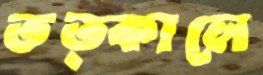
তত্কালে